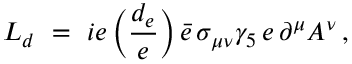
{ \cal L } _ { d } \ = \ i e \, \Big ( \frac { d _ { e } } { e } \Big ) \, \bar { e } \, \sigma _ { \mu \nu } \gamma _ { 5 } \, e \, \partial ^ { \mu } A ^ { \nu } \, ,